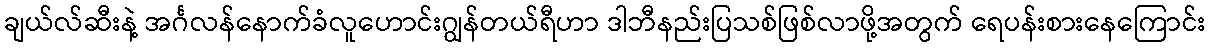
ချယ်လ်ဆီးနဲ့ အင်္ဂလန်နောက်ခံလူဟောင်းဂျွန်တယ်ရီဟာ ဒါဘီနည်းပြသစ်ဖြစ်လာဖို့အတွက် ရေပန်းစားနေကြောင်း